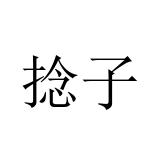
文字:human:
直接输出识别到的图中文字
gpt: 捻子